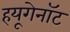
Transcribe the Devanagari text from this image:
हयूगेनॉट